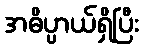
အဓိပ္ပာယ်ရှိပြီး